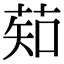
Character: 䓡